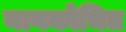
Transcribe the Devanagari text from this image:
नायकोचित